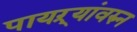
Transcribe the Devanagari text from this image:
पायऱ्यांवरुन